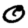
Digit: 0